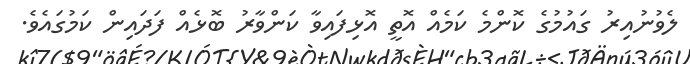
ލެވުނުއިރު ގައުމުގެ ކޮންމެ ކަމެއް އޮތީ އޮޅިފައިވާ ކަންވާރު ބޮޅެއް ފަދައިން ކަމުގައެވެ.